Lunatic asylums Bombay report 1891-1903 - 1891-1903
Year: 1891
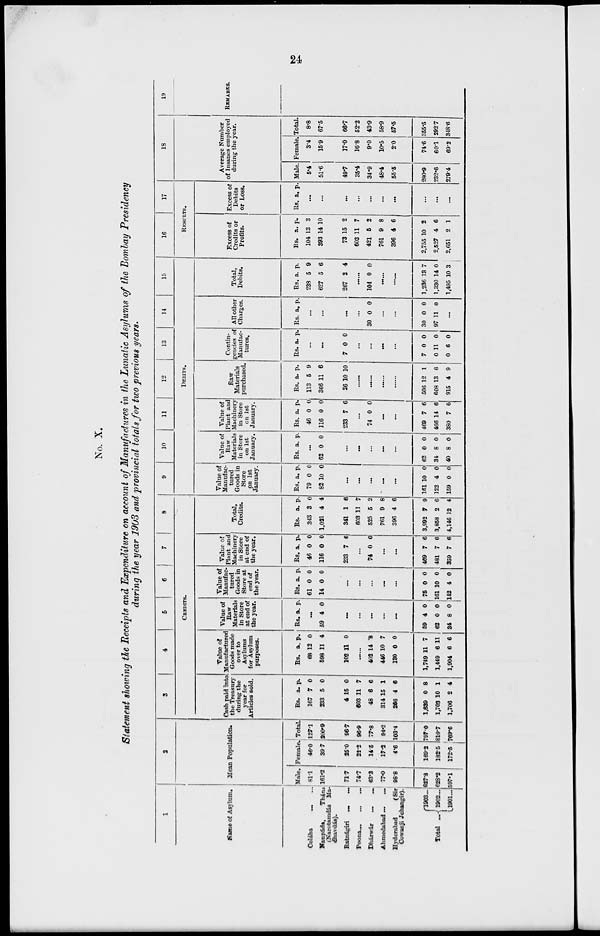
24
No. X.
Statement showing the Receipts and Expenditure on account of Manufactures in the Lunatic Asylums of the Bombay Presidency
during the year 1903 and provincial totals for two previous years.
1
Name of Asylum.
Colába ... ...
Naupáda,
Thána
(Narotamdás Madhavdás).
Ratnágiri
...
...
Poona
...
...
Dhárwár
...
...
Ahmedabad ... ...
Hyderabad
(Sir
Cowasji Jehangir).
Total ...
1903 ...
1902 ...
1901 ...
2
Mean Population.
Male.
81.1
161.2
71.7
74.7
63.3
77.0
98.8
627.8
628.2
597.1
Female.
46.0
39.7
25.0
22.2
14.5
17.2
4.6
169.2
182.5
172.5
Total.
127.1
200.9
96.7
96.9
77.8
94.2
103.4
797.0
810.7
769.6
3
4
5
6
7
8
CREDITS.
Cash paid into
the Treasury
during the
year for
Articles sold.
Rs.
167
233
4
603
48
314
266
1,639
1,703
1,706
a.
7
5
15
11
6
15
4
0
10
2
p.
0
0
0
7
6
1
6
8
1
4
Value of
Manufacturer
Goods made
over to
Asylums
for Asylum
purposes.
Rs.
68
598
102
a.
12
11
11
p.
0
4
0
......
402
446
130
1,749
1,449
1,904
14
10
0
11
6
6
8
7
0
7
11
6
Value of
Raw
Materials
in Store
at end of
the year.
Rs. a. p.
...
59 4 0
...
...
...
...
...
59
62
34
4
0
8
0
0
0
Value of
Manufac-
tured
Goods in
Store at
end of
the year.
Rs.
61
14
a.
0
0
p.
0
0
...
...
...
...
...
75
161
142
0
10
4
0
0
0
Value of
Plant and
Machinery
in Store
at end of
the year.
Rs.
46
116
233
a.
0
0
7
p.
0
0
6
...
74 0 0
...
...
469
481
359
7
7
7
6
6
6
Total,
Credits.
Rs.
343
1,021
341
603
525
761
396
3,992
3,858
4,146
a.
3
4
1
11
5
9
4
7
2
12
p.
0
4
6
7
2
8
6
9
6
4
9
10
11
12
13
14
15
DEBITS.
Value of
Manufac-
tured
Goods in
Store
on 1st
January.
Rs.
79
82
a.
0
10
p.
0
0
...
...
...
...
...
161
122
159
10
4
0
0
0
0
Value of
Raw
Materials
in Store
on 1st
January.
Rs. a. p.
...
62 0 0
...
...
...
...
...
62
34
40
0
8
8
0
0
0
Value of
Plant and
Machinery
in Store
on 1st
January.
Rs.
46
116
233
a.
0
0
7
p.
0
0
6
...
74 0 0
...
...
469
466
380
7
14
7
6
6
6
Raw
Materials
purchased.
Rs.
113
366
26
a.
5
11
10
p.
9
6
10
......
...
...
...
506
608
915
12
13
4
1
6
9
Contin-
gencies of
Manufac-
tures.
Rs. a.
p.
...
...
7 0 0
...
...
...
...
7
0
0
0
11
6
0
0
0
All other
Charges.
Rs. a. p.
...
...
...
...
30 0 0
...
...
30
97
0
11
0
0
...
Total,
Debits.
Rs.
238
627
267
a.
5
5
2
p.
9
6
4
......
104 0 0
...
...
1,236
1,330
1,495
13
14
10
7
0
3
16
17
RESULTS.
Excess of
Credits or
Profits.
Rs.
104
393
73
603
421
761
396
2,755
2,527
2,651
a.
13
14
15
11
5
9
4
10
4
2
p.
3
10
2
7
2
8
6
2
6
1
Excess of
Debits
or Loss.
Rs. a. p.
...
...
...
...
...
...
...
...
...
...
18
Average Number
of Insanes employed
during the year.
Male.
5.4
51.6
49.7
35.4
34.9
48.4
55.5
280.9
232.6
279.4
Female.
3.4
15.9
17.0
16.8
9.0
10.5
2.0
74.6
60.1
69.2
Total.
8.8
67.5
66.7
52.2
43.9
58.9
57.5
355.5
292.7
348.6
19
REMARKS.